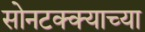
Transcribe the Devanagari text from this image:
सोनटक्क्याच्या